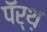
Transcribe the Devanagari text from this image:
पॅर्थ़